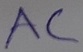
Text: AC